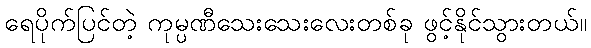
ရေပိုက်ပြင်တဲ့ ကုမ္ပဏီသေးသေးလေးတစ်ခု ဖွင့်နိုင်သွားတယ်။